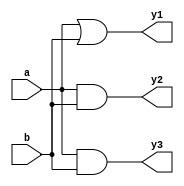
module Circuit_C(y1,y2,y3,a,b);
output y1,y2,y3;
input a,b;
assign y1 = a||b;
and (y2,a,b);
assign y3 = a && b;
endmodule